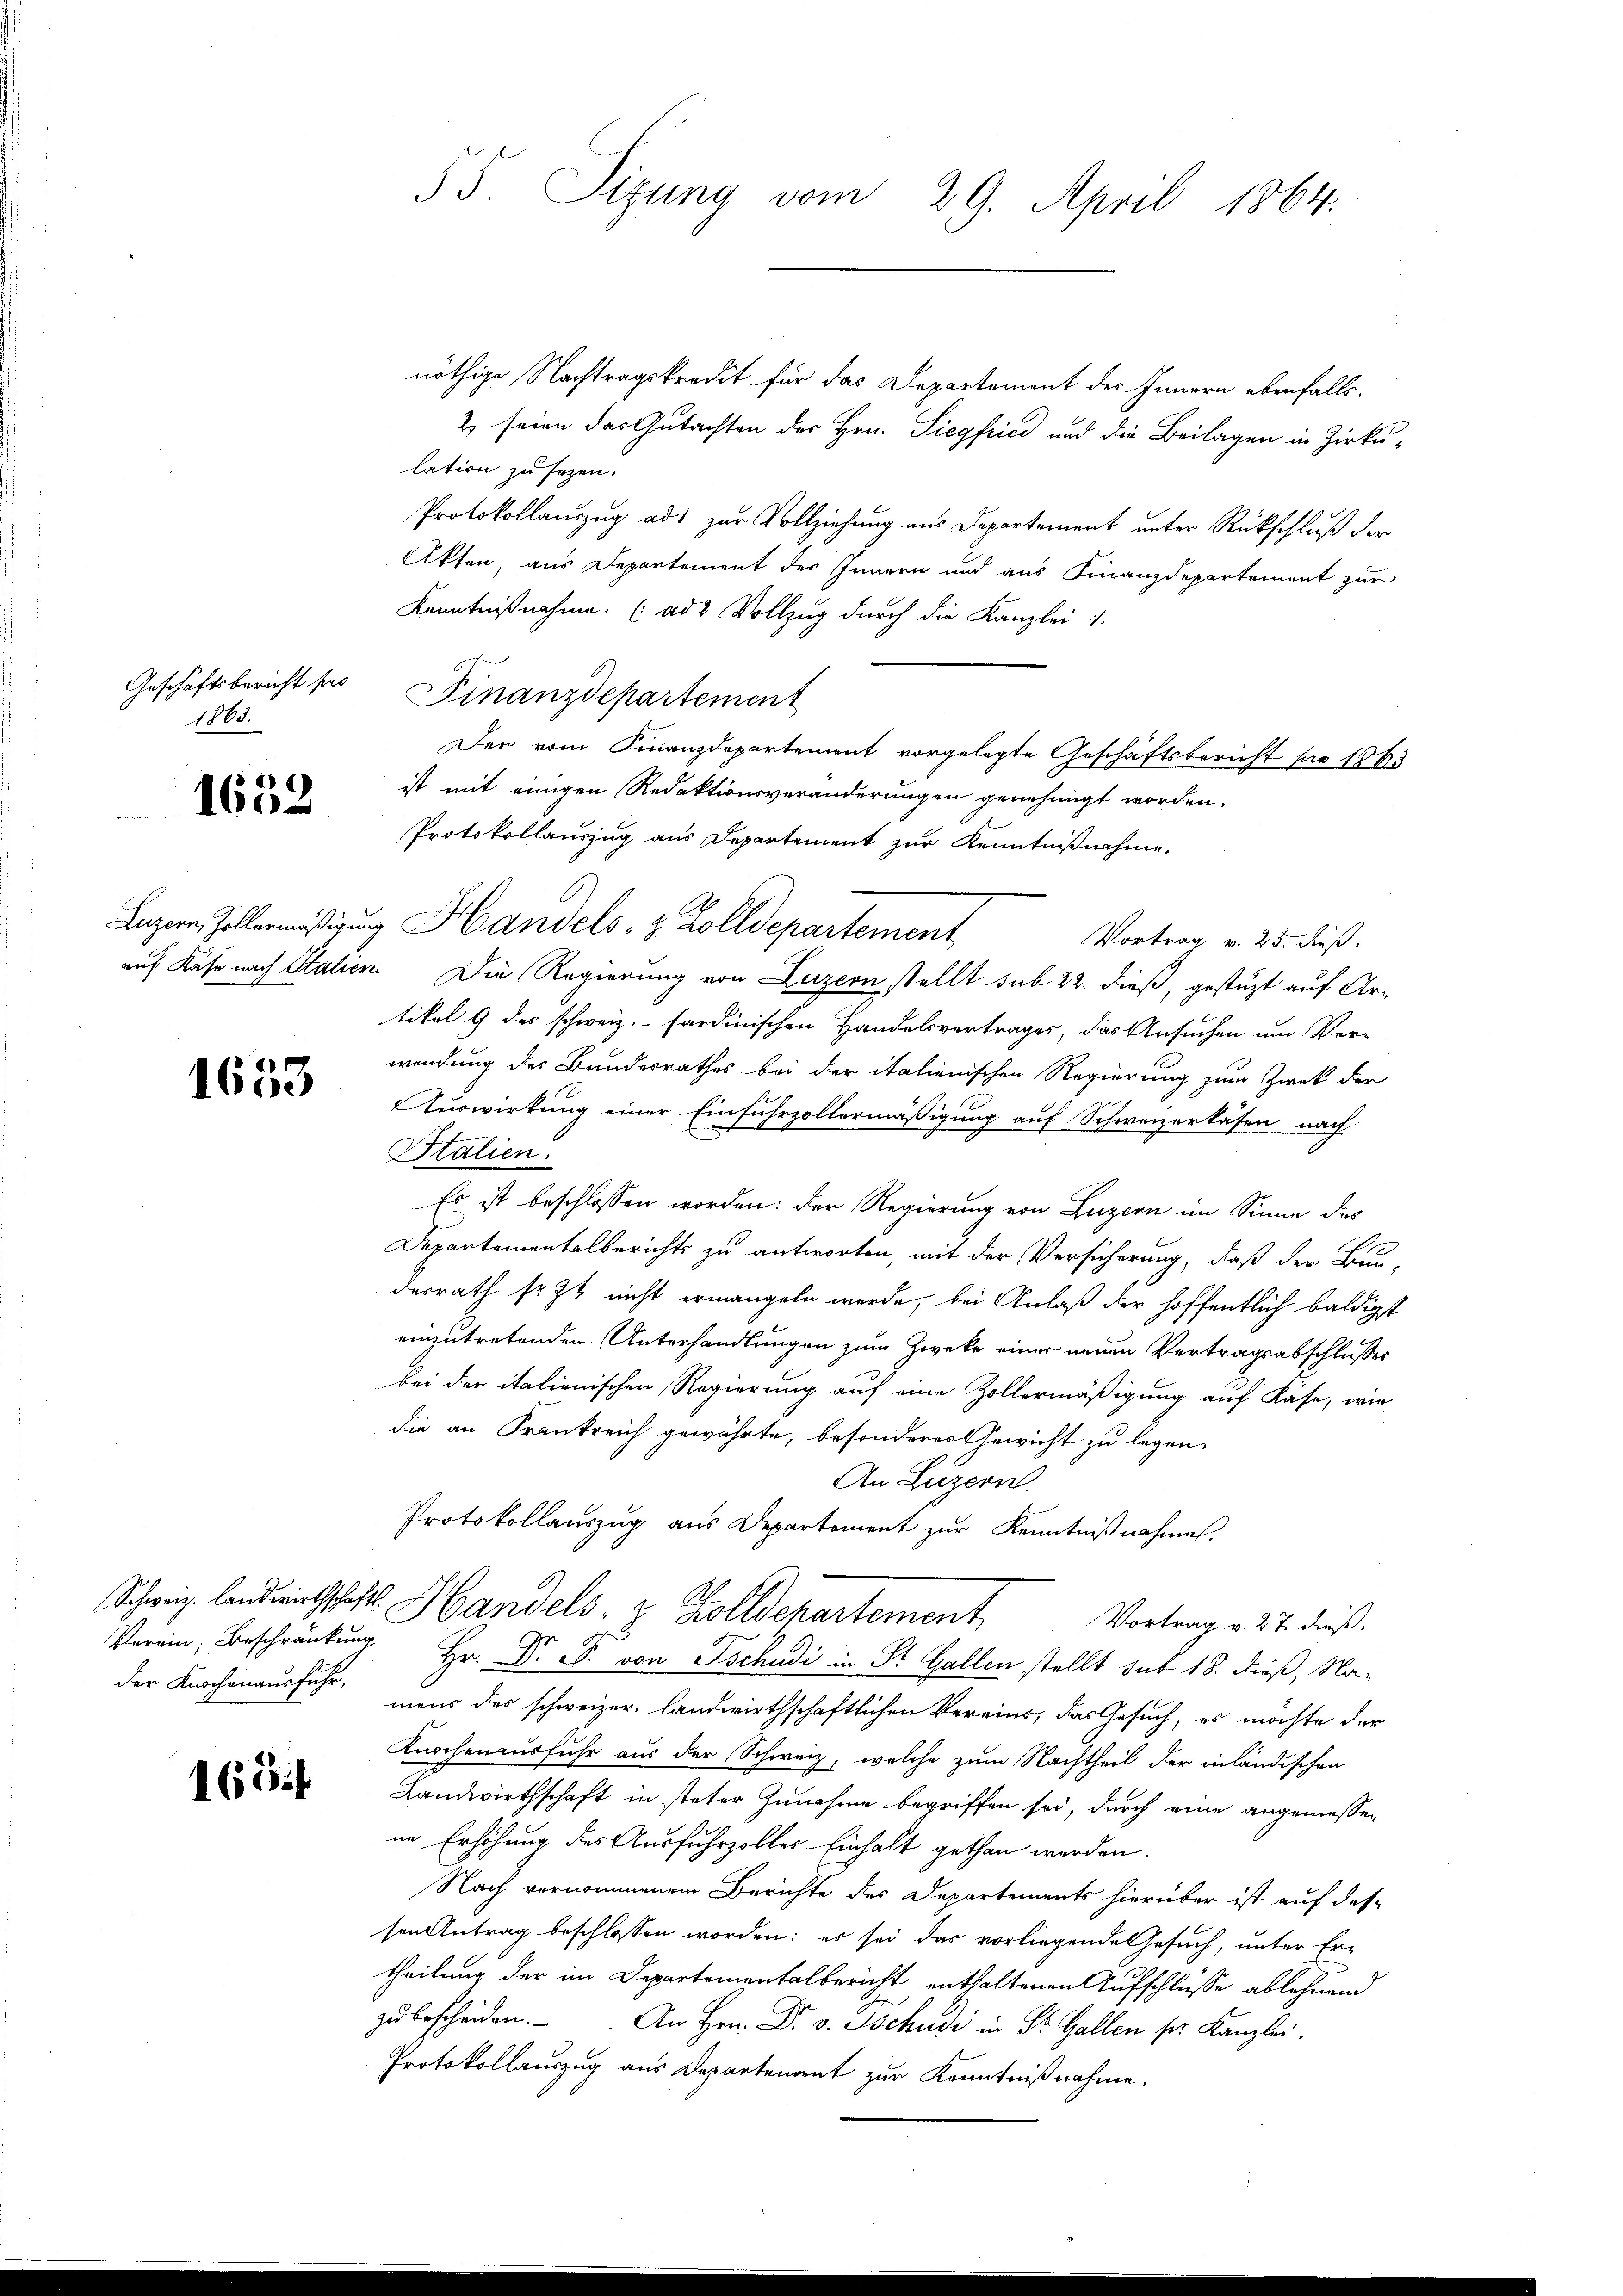
1865.

1652

1653

165

55. Sizung vom 29. April 1864.

nöthige Nachtragskredit für das Departement des Innern ebenfalls.
2) seien das Gutachten des Hrn. Siegfried und die Beilagen in Zirkulation zu sezen.
Protokollauszug ad zur Vollziehung aus Departement unter Rückschluß der
Akten, aus Departement des Innern und aus Finanzdepartement zur
Kenntnißnahme. (ad 2 Vollzug durch die Kanzlei
Geschäftsbericht per Finanzdepartement
Der vom Finanzdepartement vorgelegte Geschäftsbericht pro 1865
ist mit einigen Redaktionsveränderungen genehmigt worden.
Protokollauszug aus Departement zur Kenntnißnahme,
Luzern, Zollermäßigung Handels- & Zolldepartement
Vortrag v. 25. dieß.
auf Käse nach Stahen Die Regierung von Luzern stellt sub 22. dieß, gestüzt auf Artikel 9 des schweiz.- sardinischen Handelsvertrages, das Ansuchen um Ver-
wendung des Bundesrathes bei der italienischen Regierung zum Zwek der
Auswirkung einer Einfuhrzollermäßigung auf Schweizerkasen nach
Italien.
Es ist beschlossen worden: Der Regierung von Luzern im Sinne des
Departementalberichts zu antworten, mit der Versicherung, daß der Bun-
derrath sr. Zt. nicht ermangeln werde, bei Anlaß der hoffentlich baldigst
einzutretenden Unterhandlungen zum Zwecke einer neuen Vertragsabschlusses
bei der italienischen Regierung auf eine Zollermäßigung auf Rase, wie
die an Frankreich gewährte, besonderes Gewicht zu legen.
An Luzern.
Protokollauszug aus Departement zur Kenntnißnahmen.
Schweiz landrentschaft. Handels. z. Zolldepartement. Vortrag v. 27. dieß.
Verein, Beschränkung Hr. Dr. S. von Tschudi in St. Gallen stellt sub 18. dieß, Nader Knochenausführt mens des schweizer. landwirthschaftlichen Vereins, das Gesuch, es möchte der
Knochenausfuhr aus der Schweiz, welche zum Nachtheil der inländischen
Landwirthschaft in steter Zunahme begriffen sei, durch eine angemessen
ne Erhöhung des Ausfuhrzoller Einhalt gethan werden.
Nach vernommenem Berichte des Departements hierüber ist auf des-
sen Antrag beschlossen worden; es sei das vorliegende Gesuch, unter Er-
theilung der im Departementalbericht enthaltenen Aufschlüsse ablehnend
zŭ bescheiden. An Hrn. Dr. v. Tschudi in Dr. Gallen ser Kanzlei.
Protokollauszug aus Departement zur Kenntnißnahme.